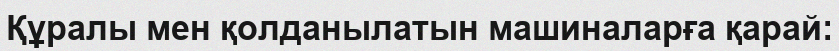
Құралы мен қолданылатын машиналарға қарай: